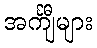
အင်္ကျီများ